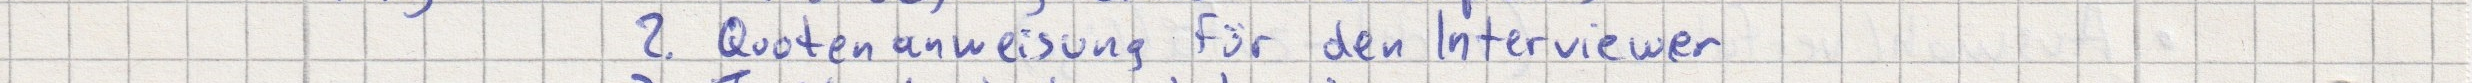
2. Quotenanweisung für den Interviewer